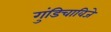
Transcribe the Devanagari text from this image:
गुंडिचाविजे